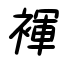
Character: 褌